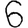
Digit: 6